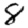
Digit: 8